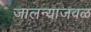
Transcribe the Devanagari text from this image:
जालन्याजवळ